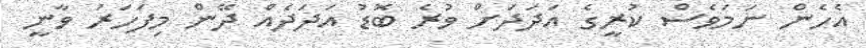
އެހެން ނަމަވެސް ކުރީގެ އަދަދަށް ވުރެ ބޮޑު އަދަދެއް ދޭން މިފަހަރު ވާނީ